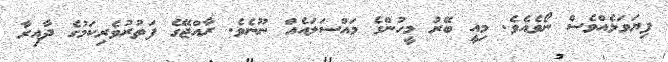
ފިޔަވަޅެއްވެސް ނޯވެއެވެ. މިއީ ބޭރު މީހުންގެ މައްސަލައެއް ނޫނެވެ. ރާއްޖޭގެ ފަތުރުވެރިކަމުގެ ދާއިރާ